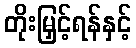
တိုးမြှင့်ရန်နှင့်